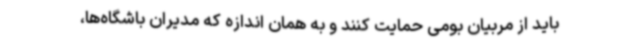
باید از مربیان بومی حمایت کنند و به همان اندازه که مدیران باشگاه‌ها،